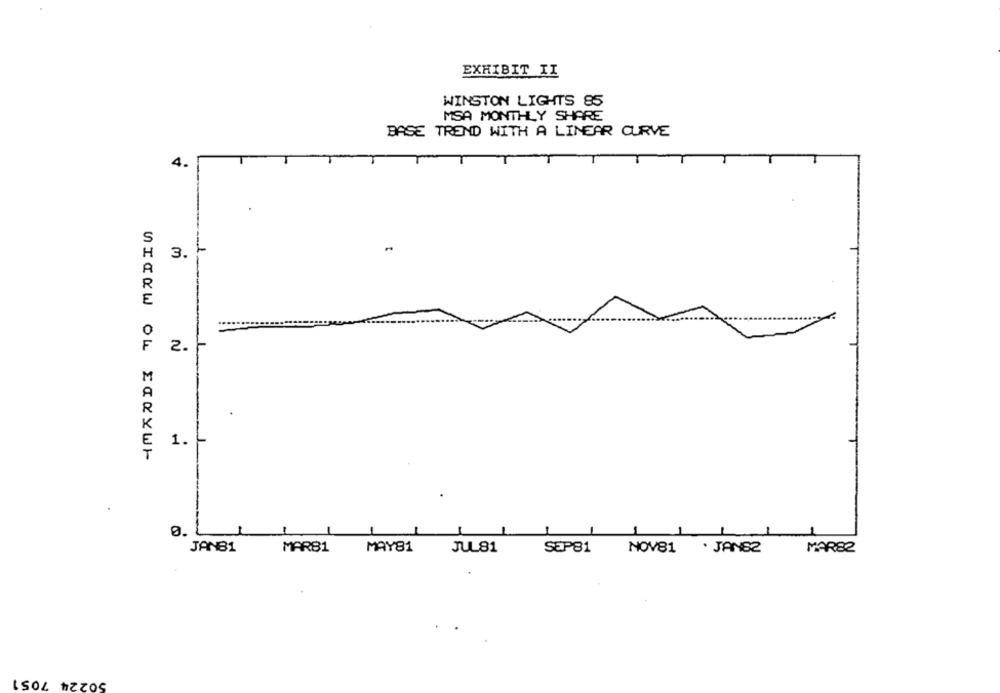
EXHIBIT II
WINSTON LIGHTS 85
MSA MONTHLY SHARE
BASE TREND WITH A LINEAR CURVE
4.
S
H
3.
A
2.
M
.
1.
0.
MAR81
MAY81
JANB1
JUL81
SEP81
NOV81
. JAN82
MAR82
50224 7051